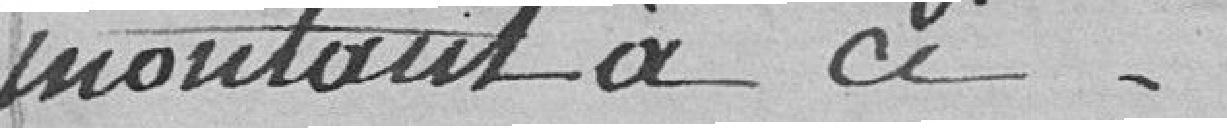
montant à ci